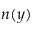
n ( y )